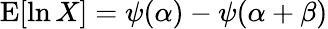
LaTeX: \operatorname{E}[\ln X]=\psi(\alpha)-\psi(\alpha+\beta)